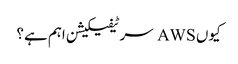
کیوں AWS سرٹیفیکیشن اہم ہے؟